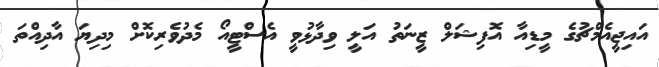
އައިޖީއެމްޗުގެ މީޑިއާ އޮފިޝަލް ޒީނަތު އަލީ ވިދާޅުވީ އެސްޓީއޯ މެދުވެރިކޮށް މިދިޔަ އާދިއްތަ